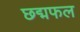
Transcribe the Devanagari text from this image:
छद्मफल